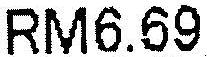
RM6.69